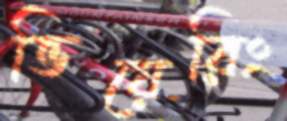
ভিয়েরিং